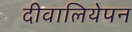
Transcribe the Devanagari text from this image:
दीवालियेपन